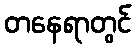
တနေရာတွင်